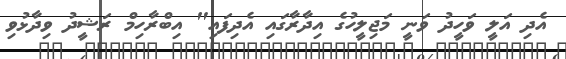
އެދި އަލީ ވަހީދު ވަނީ މަޖިލީހުގެ އިދާރާގައި އެދިފައި" އިބްރާހިމް ރަޝީދު ވިދާޅުވި